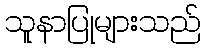
သူနာပြုများသည်